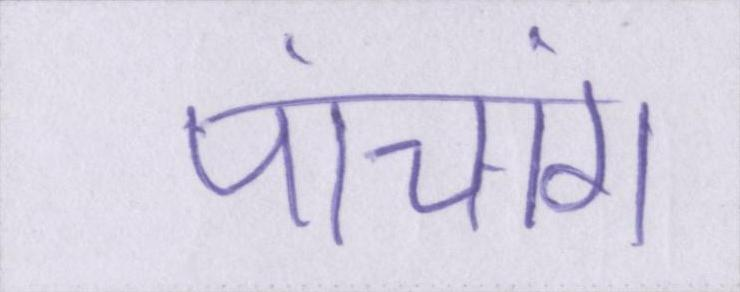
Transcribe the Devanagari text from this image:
पांचांग